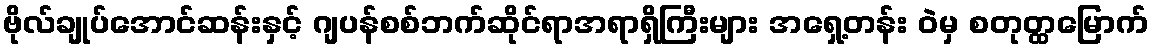
ဗိုလ်ချုပ်အောင်ဆန်းနှင့် ဂျပန်စစ်ဘက်ဆိုင်ရာအရာရှိကြီးများ အရှေ့တန်း ဝဲမှ စတုတ္ထမြောက်